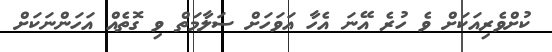
ކުށްވެރިއަކަށް ވެ ހުރެ އޭނަ އެހާ އަވަހަށް ސަލާމަތް ވި ގޮތެއް އަހަންނަކަށް